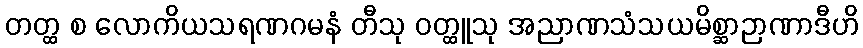
တတ္ထ စ လောကိယသရဏဂမနံ တီသု ဝတ္ထူသု အညာဏသံသယမိစ္ဆာဉာဏာဒီဟိ